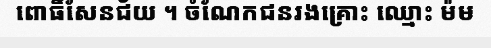
ពោធិ៍សែនជ័យ ។ ចំណែកជនរងគ្រោះ ឈ្មោះ ម៉ម